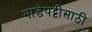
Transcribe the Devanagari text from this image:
भाडेपट्टीसाठी